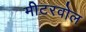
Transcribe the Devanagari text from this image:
मीटरवोल